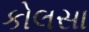
કોલસા